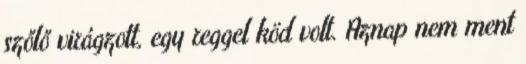
szőlő virágzott, egy reggel köd volt. Aznap nem ment